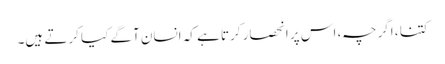
کتنا ، اگرچہ ، اس پر انحصار کرتا ہے کہ انسان آگے کیا کرتے ہیں۔